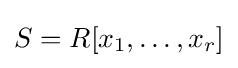
S=R[x_{1},\dots ,x_{r}]